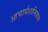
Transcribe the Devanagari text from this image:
आचार्यशान्तिसागर